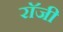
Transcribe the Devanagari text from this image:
राॅजी